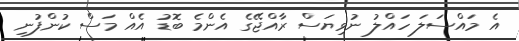
އެ މައްސަލަ ހައްލު ނުވިޔަސް ރާއްޖޭގެ އެންމެ ބޮޑު އެއް މަސް ކުންފުނި